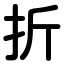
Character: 折